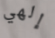
إلهي